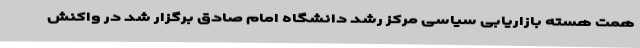
همت هسته بازاریابی سیاسی مرکز رشد دانشگاه امام صادق برگزار شد در واکنش